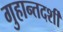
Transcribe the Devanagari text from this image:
गुहान्तदर्शी